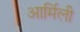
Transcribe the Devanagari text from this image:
आर्मिली